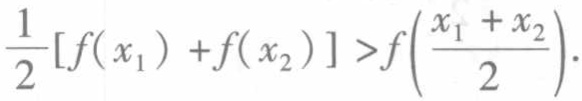
$\frac{1}{2}[f(x_{1}) + f(x_{2})]>f\left(\frac{x_{1} + x_{2}}{2}\right).$